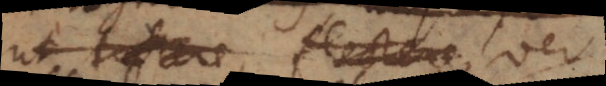
ut trahere, flectere, ver